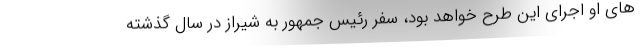
های او اجرای این طرح خواهد بود، سفر رئیس جمهور به شیراز در سال گذشته